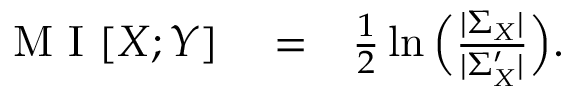
\begin{array} { r l r } { \mathrm { ~ M ~ I ~ } [ X ; Y ] } & { { } = } & { \frac { 1 } { 2 } \ln \Big ( \frac { | \Sigma _ { X } | } { | \Sigma _ { X } ^ { \prime } | } \Big ) . } \end{array}